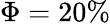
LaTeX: \Phi=20\%